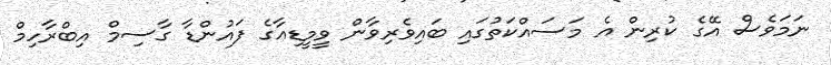
ނަމަވެސް އޭގެ ކުރިން އެ މަސައްކަތުގައި ބައިވެރިވާން ވީމީޑިއާގެ ފައުންޑާ ގާސިމް އިބްރާހިމް